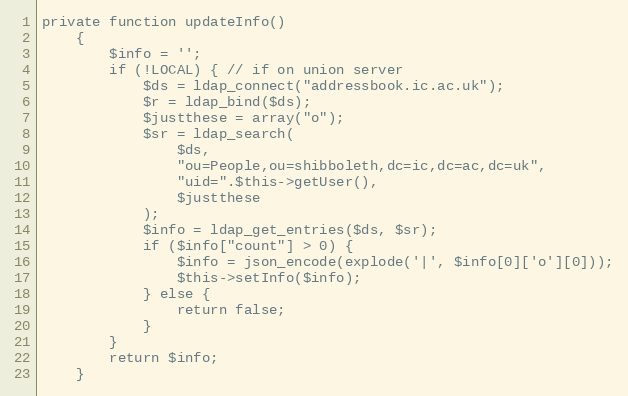
Language: PHP
private function updateInfo()
    {
        $info = '';
        if (!LOCAL) { // if on union server
            $ds = ldap_connect("addressbook.ic.ac.uk");
            $r = ldap_bind($ds);
            $justthese = array("o");
            $sr = ldap_search(
                $ds,
                "ou=People,ou=shibboleth,dc=ic,dc=ac,dc=uk",
                "uid=".$this->getUser(),
                $justthese
            );
            $info = ldap_get_entries($ds, $sr);
            if ($info["count"] > 0) {
                $info = json_encode(explode('|', $info[0]['o'][0]));
                $this->setInfo($info);
            } else {
                return false;
            }
        }
        return $info;
    }